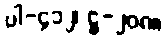
ပါ-၄၁၂၊ ဋ္ဌ-၂၀၈။